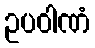
ဥပဝါဏံ